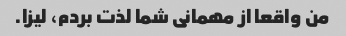
من واقعا از مهمانی شما لذت بردم، لیزا.